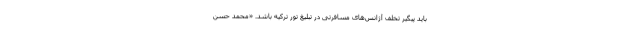
باید پیگیر تخلف آژانس‌های مسافرتی در تبلیغ تور ترکیه باشد. «محمد حسن